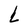
Character: L